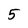
Character: 5